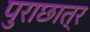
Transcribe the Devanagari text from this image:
पुराछात्र